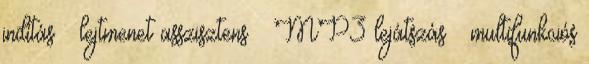
indítás – lejtmenet asszisztens – MP3 lejátszás – multifunkciós